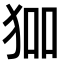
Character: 𭸅